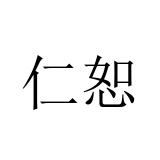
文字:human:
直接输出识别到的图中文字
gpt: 仁恕